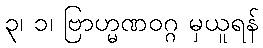
၃၊ ၁၊ ဗြာဟ္မဏဝဂ္ဂ မှယူရန်